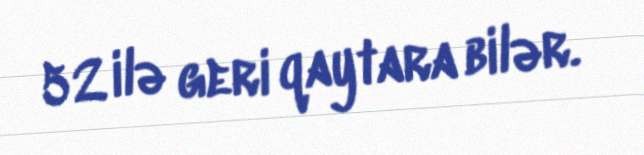
52 ilə geri qaytara bilər.